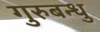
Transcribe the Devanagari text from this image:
गुरुबन्‍धु